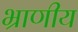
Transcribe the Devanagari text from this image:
भ्राणीय